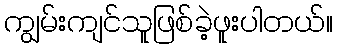
ကျွမ်းကျင်သူဖြစ်ခဲ့ဖူးပါတယ်။